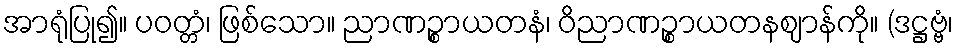
အာရုံပြု၍။ ပဝတ္တံ၊ ဖြစ်သော။ ညာဏဉ္စာယတနံ၊ ဝိညာဏဉ္စာယတနဈာန်ကို။ (ဒဋ္ဌဗ္ဗံ၊